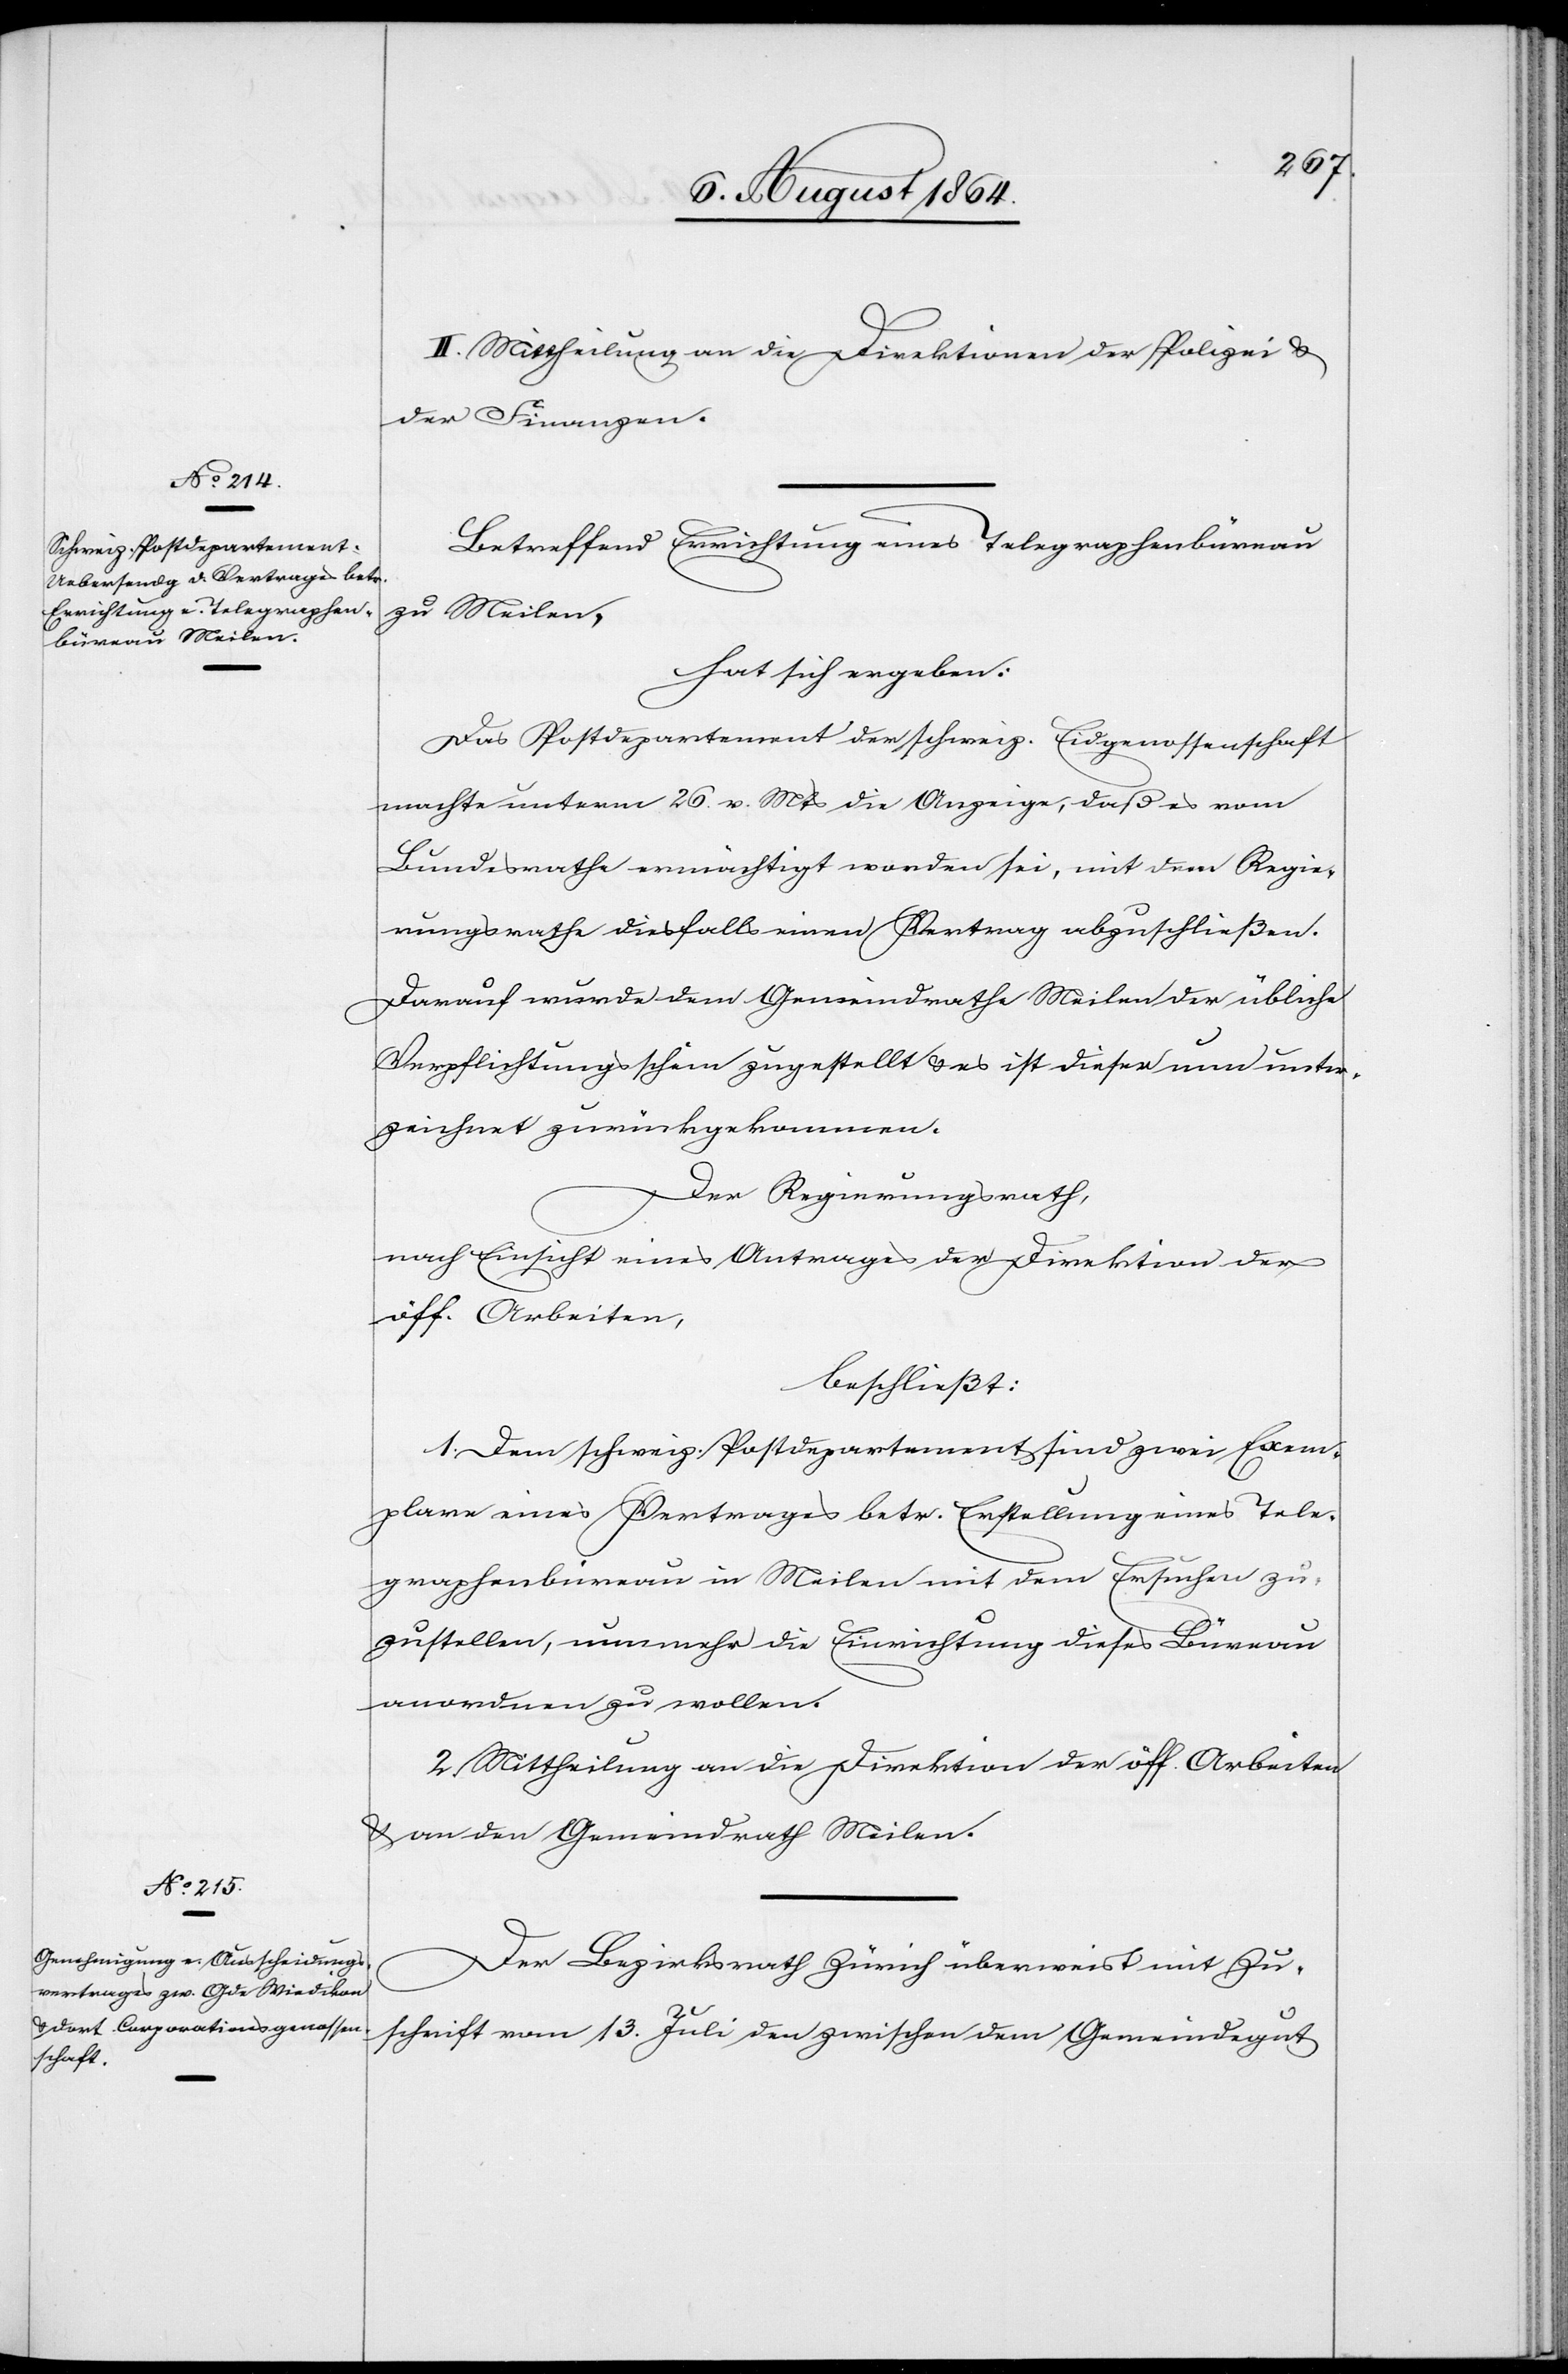
II. Mittheilung an die Direktionen der Polizei &
der Finanzen.
Betreffend Errichtung eines Telegraphenbüreau
zu Meilen,
hat sich ergeben,
Das Postdepartement der schweiz. Eidgenossenschaft
machte unterm 26. v. Mts. die Anzeige, daß es vom
Bundesrathe ermächtigt worden sei, mit dem Regie¬
rungsrathe diesfalls einen Vertrag abzuschließen.
Darauf wurde dem Gemeindrathe Meilen der übliche
Verpflichtungsschein zugestellt & es ist dieser nun unter¬
zeichnet zurückgekommen.
Der Regierungsrath,
nach Einsicht eines Antrages der Direktion der
öff. Arbeiten,
beschließt:
1. Dem schweiz. Postdepartement sind zwei Exem¬
plare eines Vertrages betr. Erstellung eines Tele¬
graphenbüreau in Meilen mit dem Ersuchen zu¬
zustellen, nunmehr die Einrichtung dieses Büreau
anordnen zu wollen.
2. Mittheilung an die Direktion der öff. Arbeiten
& an den Gemeindrath Meilen.
Der Bezirksrath Zürich überweist mit Zu¬
schrift vom 13. Juli den zwischen dem Gemeindegut